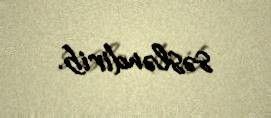
səsləndirib.